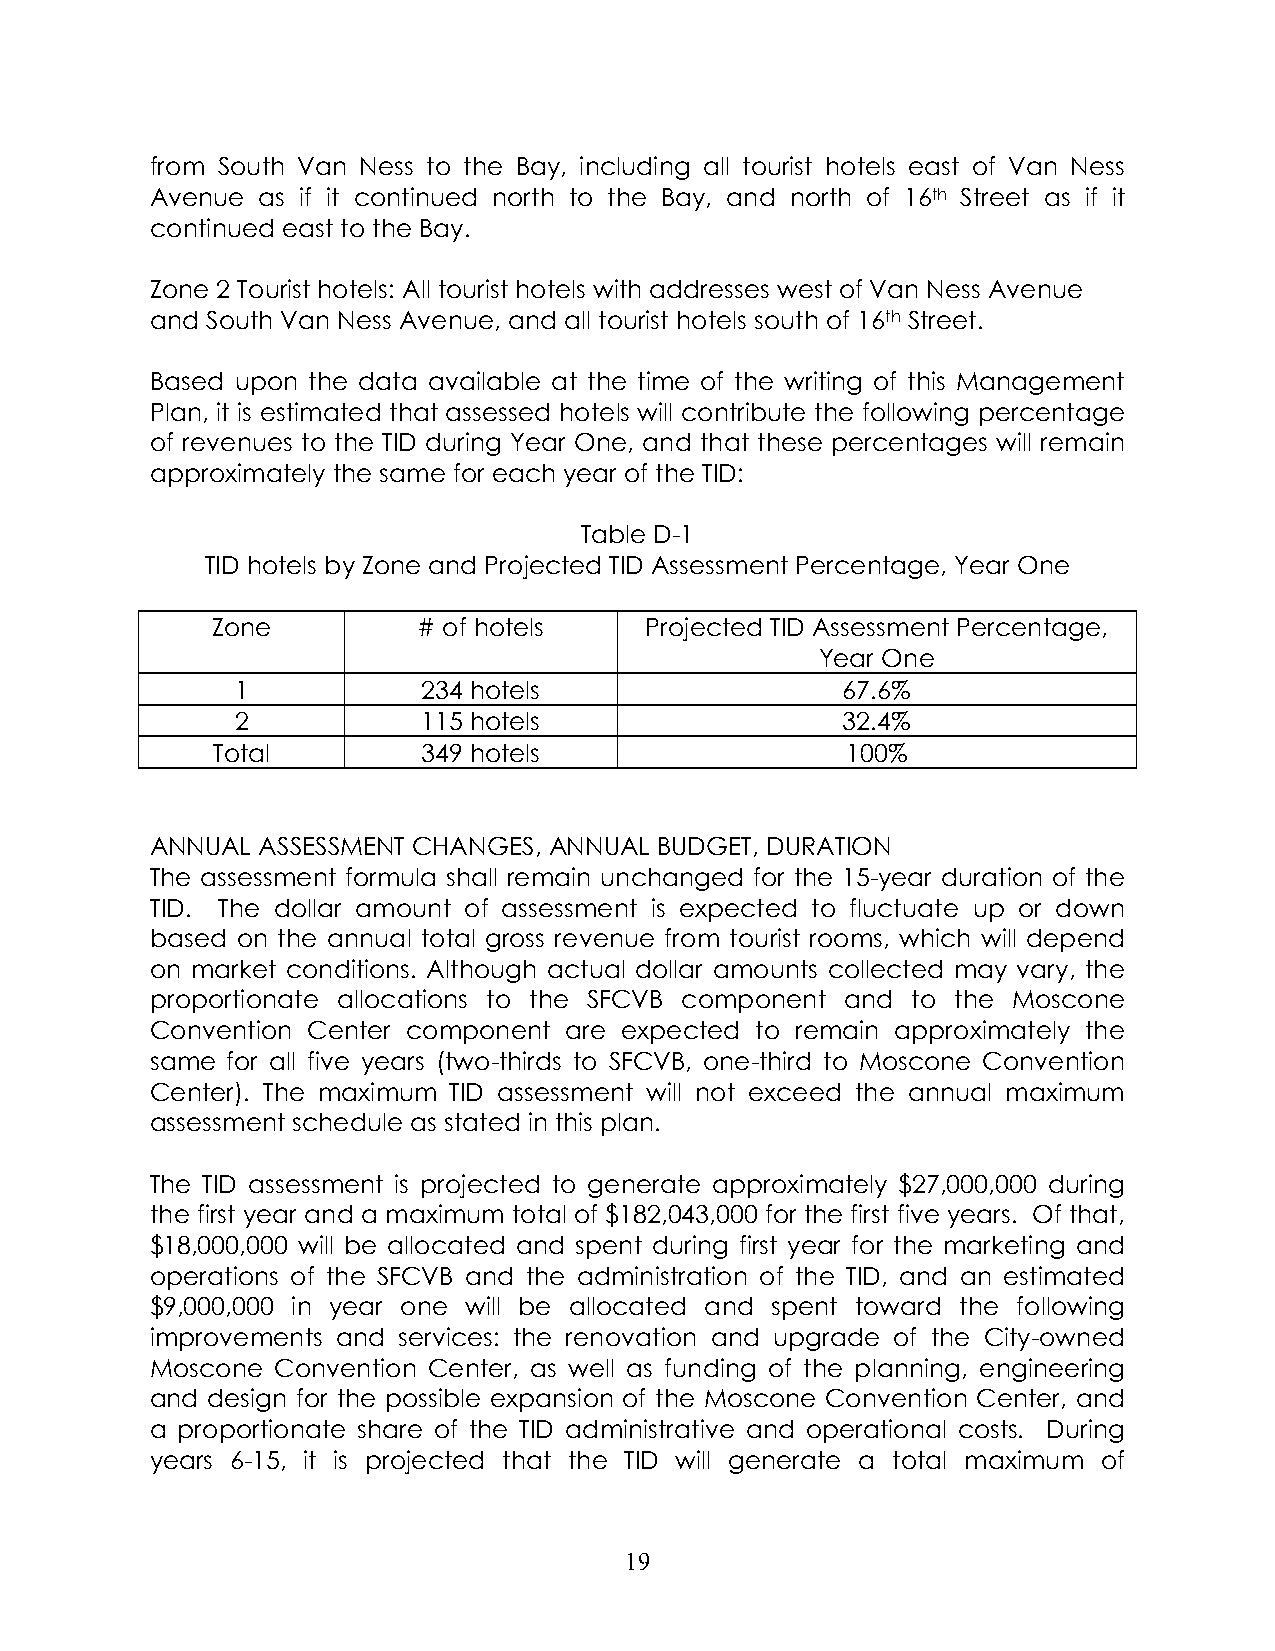
from South Van Ness to the Bay, including all tourist hotels east of Van Ness
 Avenue as if it continued north to the Bay, and north of 16th Street as if it
 continued east to the Bay.
 Zone 2 Tourist hotels: All tourist hotels with addresses west of Van Ness Avenue
 and South Van Ness Avenue, and all tourist hotels south of 16th Street.
 Based upon the data available at the time of the writing of this Management
 Plan, it is estimated that assessed hotels will contribute the following percentage
 of revenues to the TID during Year One, and that these percentages will remain
 approximately the same for each year of the TID:
 Table D-1
 TID hotels by Zone and Projected TID Assessment Percentage, Year One
 Zone          # of hotels    Projected TID Assessment Percentage,
 Year One
 1           234 hotels                  67.6%
 2           115 hotels                  32.4%
 Total         349 hotels                  100%
 ANNUAL ASSESSMENT CHANGES, ANNUAL BUDGET, DURATION
 The assessment formula shall remain unchanged for the 15-year duration of the
 TID. The dollar amount of assessment is expected to fluctuate up or down
 based on the annual total gross revenue from tourist rooms, which will depend
 on market conditions. Although actual dollar amounts collected may vary, the
 proportionate allocations to the SFCVB component and to the Moscone
 Convention Center component are expected to remain approximately the
 same for all five years (two-thirds to SFCVB, one-third to Moscone Convention
 Center). The maximum TID assessment will not exceed the annual maximum
 assessment schedule as stated in this plan.
 The TID assessment is projected to generate approximately $27,000,000 during
 the first year and a maximum total of $182,043,000 for the first five years. Of that,
 $18,000,000 will be allocated and spent during first year for the marketing and
 operations of the SFCVB and the administration of the TID, and an estimated
 $9,000,000 in year one will be allocated and spent toward the following
 improvements and services: the renovation and upgrade of the City-owned
 Moscone Convention Center, as well as funding of the planning, engineering
 and design for the possible expansion of the Moscone Convention Center, and
 a proportionate share of the TID administrative and operational costs. During
 years 6-15, it is projected that the TID will generate a total maximum of
 19